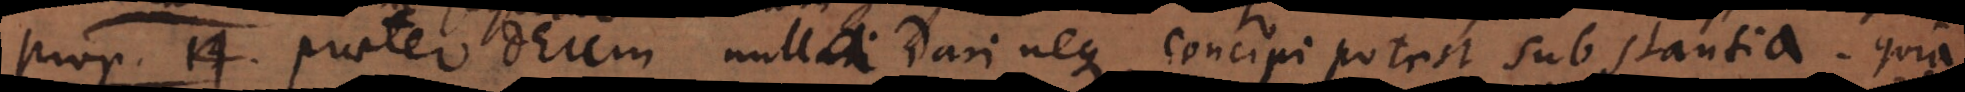
o 1 4. Praeter Deum nulla dari neque concipi potest substantia. Quia